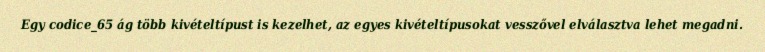
Egy codice_65 ág több kivételtípust is kezelhet, az egyes kivételtípusokat vesszővel elválasztva lehet megadni.